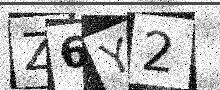
Text: Z6Y2